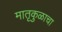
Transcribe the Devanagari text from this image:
मातृकुळाचा